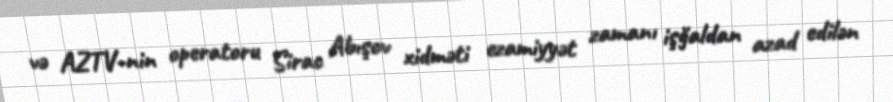
və AZTV-nin operatoru Sirac Abışov xidməti ezamiyyət zamanı işğaldan azad edilən